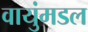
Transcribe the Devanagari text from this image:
वायुंमडल